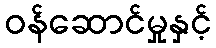
ဝန်ဆောင်မှုနှင့်